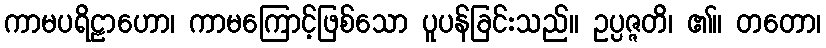
ကာမပရိဠာဟော၊ ကာမကြောင့်ဖြစ်သော ပူပန်ခြင်းသည်။ ဥပ္ပဇ္ဇတိ၊ ၏။ တတော၊